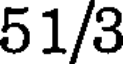
51/3